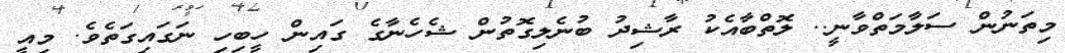
މިތަނުން ސަލާމަތްވާނީ.. ލޮތްބާއެކު ރާޝިދު ބުނެލިގޮތުން ޝެހެނާގެ ގައިން ހީބިހި ނަގައިގަތެވެ. މިއީ